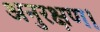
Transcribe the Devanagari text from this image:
अनुरक्षण।